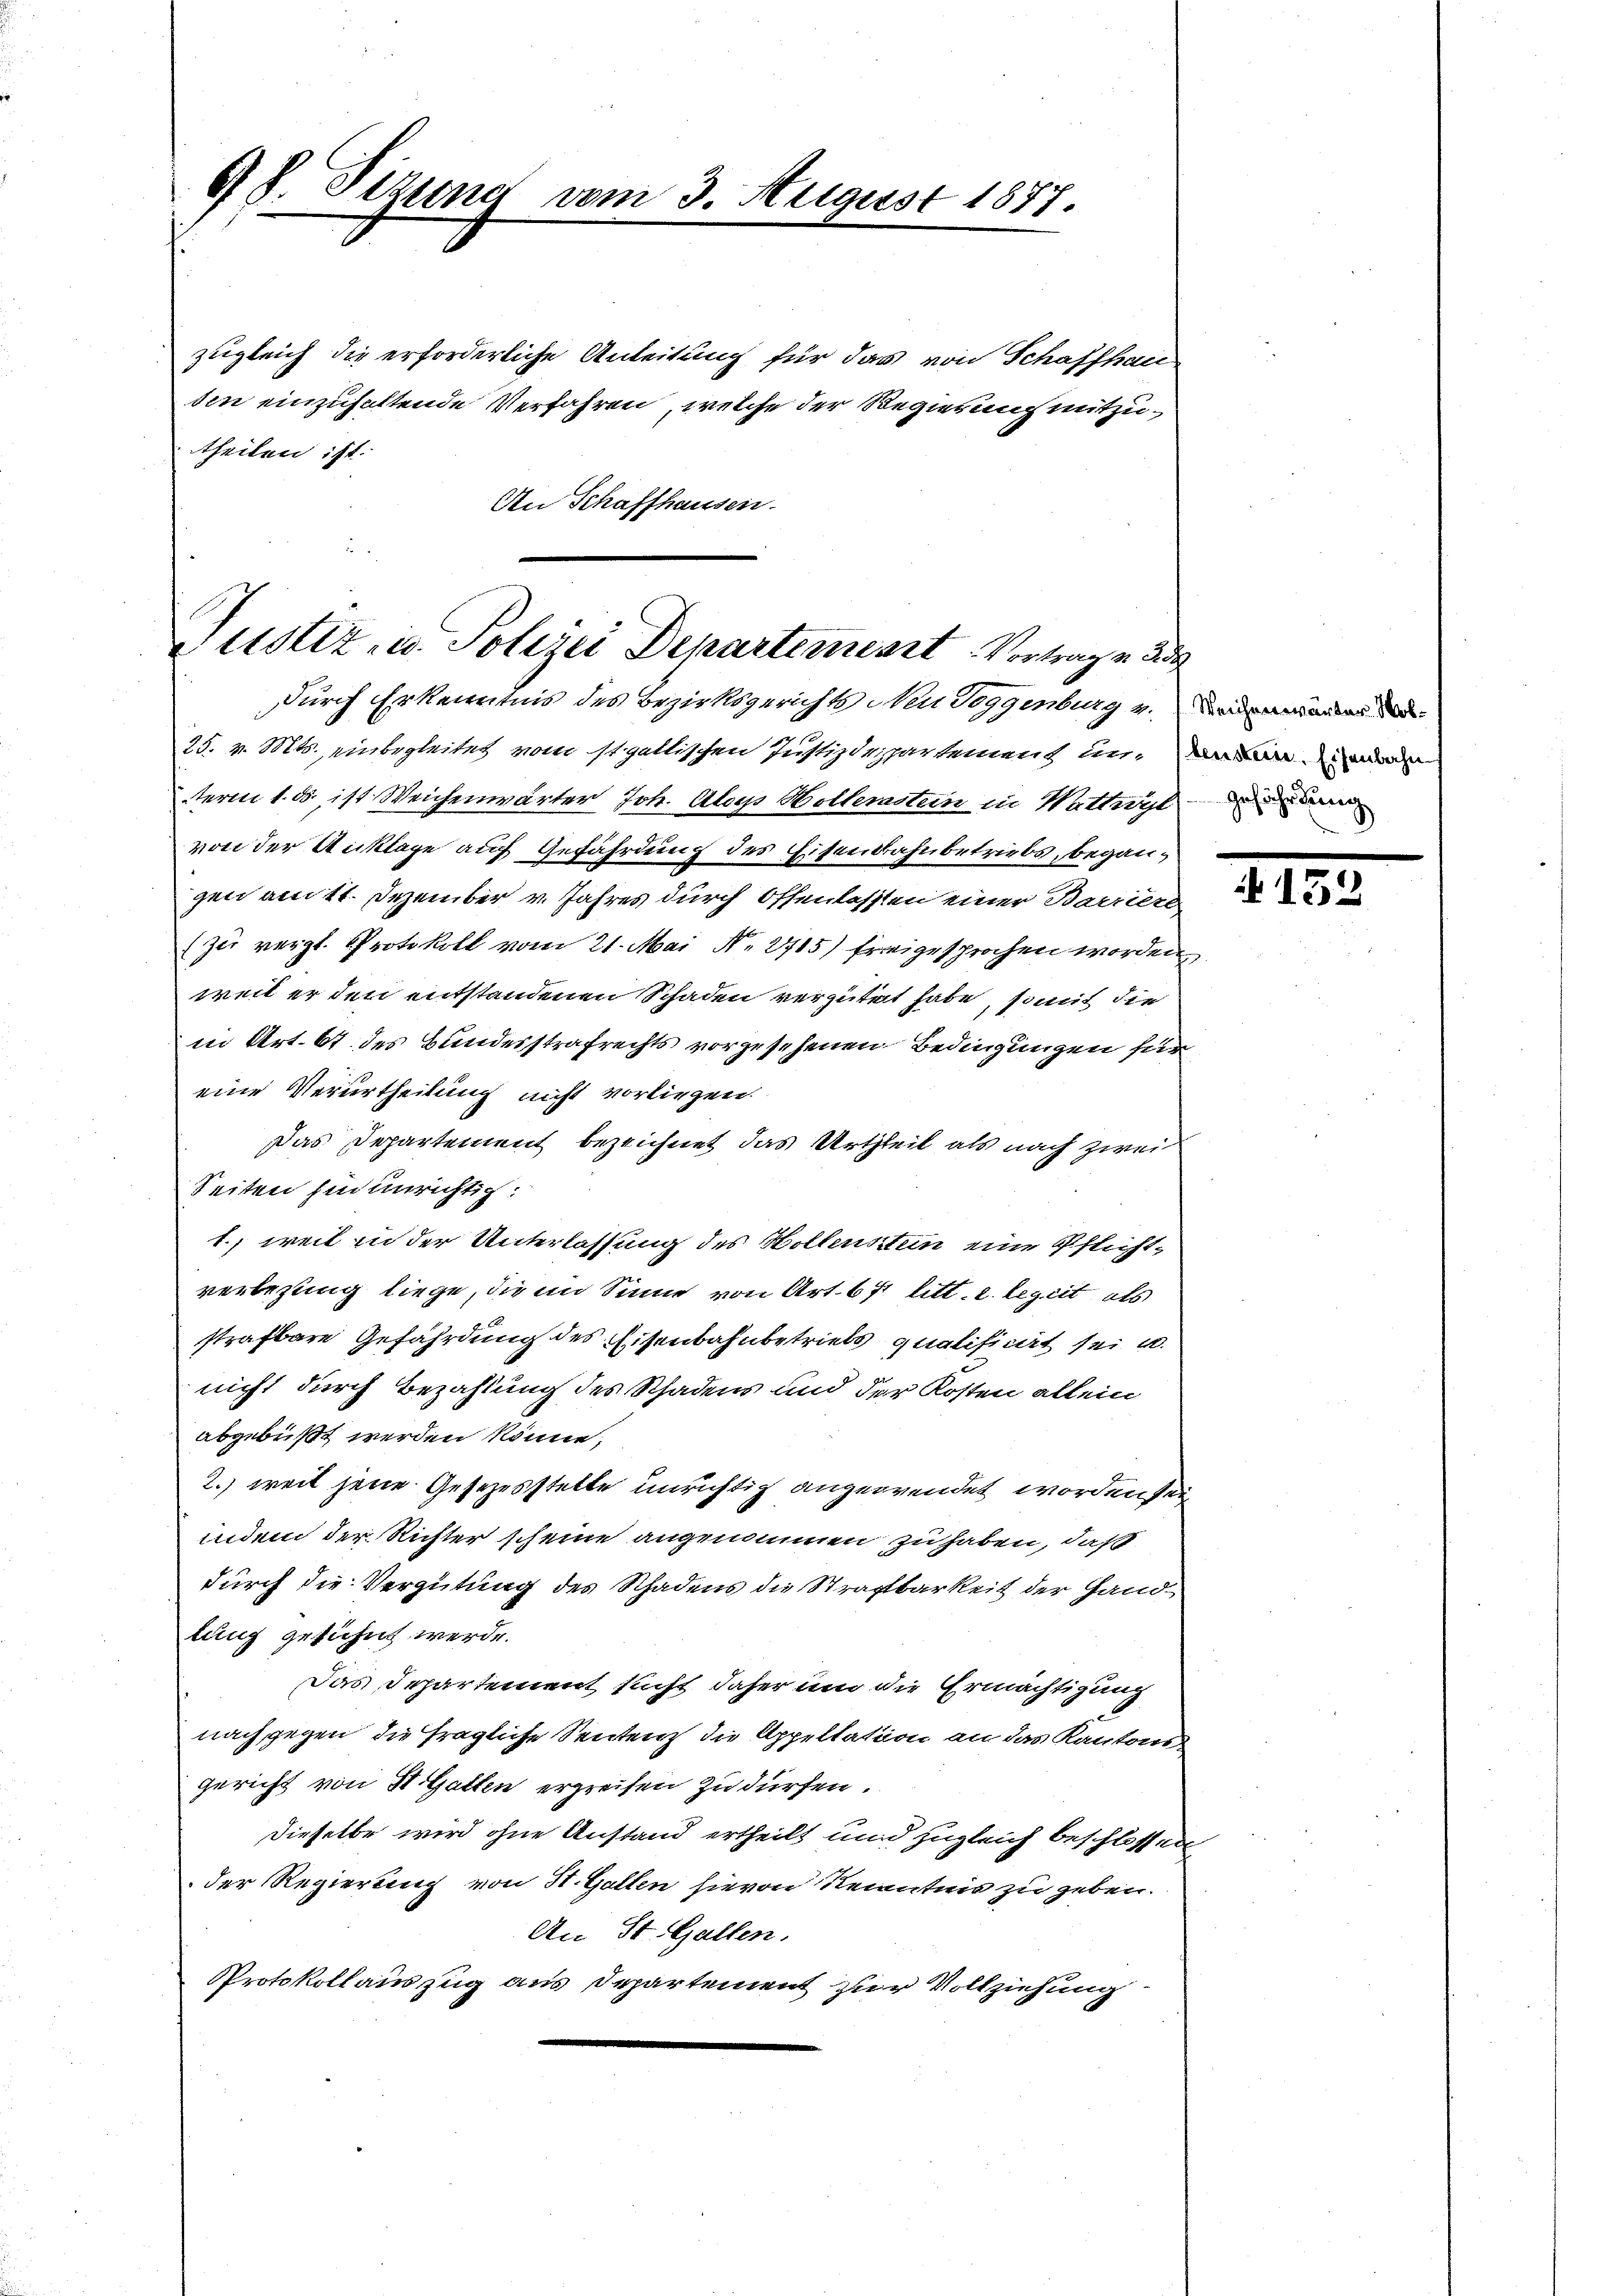
98. Sitzung vom 3. August 1877.

theilen ist.
An Schaffhausen.

zugleich die erforderliche Anleitung für das von Schaffhau
ten einzuhaltende Verfahren, welche der Regierung mitzu¬

Justiz- u. Polizei Departemenst Vortrage de
durch Erkenntnis des Bezirksgerichts Neu Toggenburg v.

25. v. Mts., einbegleitet vom st. gallischen Justizdepartement inne
term 1. ds. ist Weichenwärter Joh. Aloys Höllerastein in Wattwyl
von der Anklage auf Gefährdung des Eisenbahnbetriebs, begangen am 11. Dezember v. Jahres durch offenlassten einer Barriert
(zu vergl. Protokoll vom 21. Mai N. 2715) freigesprochen worden
weil er den entstandenen Schaden vergütet habe, somit die
in Art. 67 des Bundesstrafrechts vorgesehenen Bedingungen für
eine Verurtheilung nicht vorliegen.
Das Departement bezeichnet das Urtheil als nach zwei
Seiten sind unrichtig:
1., weil in der Unterlassung des Hollensten eine Pflichtverlegung liege, die im Sinne von Art. 671 litt. c. bezeit als
strafbare Gefährdung des Eisenbahnbetriebs qualificirt sei u.
nicht durch Bezahlung des Schadens und der Kosten allein
abgebüßt werden könne;
2.) weil jene Gesetzesstette unrichtig angewendet worden sei,
indem der Richter scheine angenommen zu haben, daß
durch die Vergütung des Schadens die Straftbarkeit der Handlung gesühnt werde.
Das Departement nicht daher um die Ermächtigung
nach gegen die fragliche Sentenz die Appellation an das Kantons
gericht von St. Gatten erpreisen zu dürfen.
dieselbe wird ohne Anstand ertheilt und zugleich beschlossen,
der Regierung von H. Gallen hievon Recentnis zu geben.
An St. Gallen.
Protokollauszug aus Departement zur Vollziehung

2154